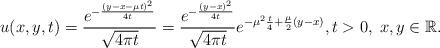
LaTeX: \begin{align*} u ( x, y, t ) = \frac{e^{ - \frac{(y-x-\mu t)^{2}}{4t} }}{\sqrt{4 \pi t}} = \frac{ e^{ - \frac{ (y-x)^{2}}{ 4t} } }{\sqrt{4 \pi t}}e^{ - \mu^{2} \frac{t}{4} + \frac{\mu}{2} (y-x)}, t>0,\; x,y\in\mathbb{R}.\end{align*}